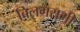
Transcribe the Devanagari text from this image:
बिलगरामी